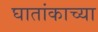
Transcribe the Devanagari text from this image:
घातांकाच्या